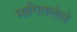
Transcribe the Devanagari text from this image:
मागितलेले